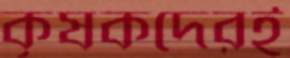
কৃষকদেরই